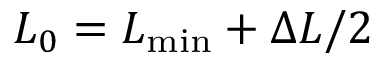
L _ { 0 } = L _ { \mathrm { m i n } } + \Delta L / 2